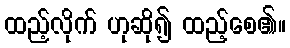
ထည့်လိုက် ဟုဆို၍ ထည့်စေ၏။